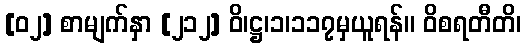
[၀၂] စာမျက်နှာ [၂၁၂] ဝိ၊ဋ္ဌ၊၁၊၁၁၇မှယူရန်။ ဝိစရတီတိ၊